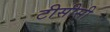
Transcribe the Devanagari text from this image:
टीसीसी